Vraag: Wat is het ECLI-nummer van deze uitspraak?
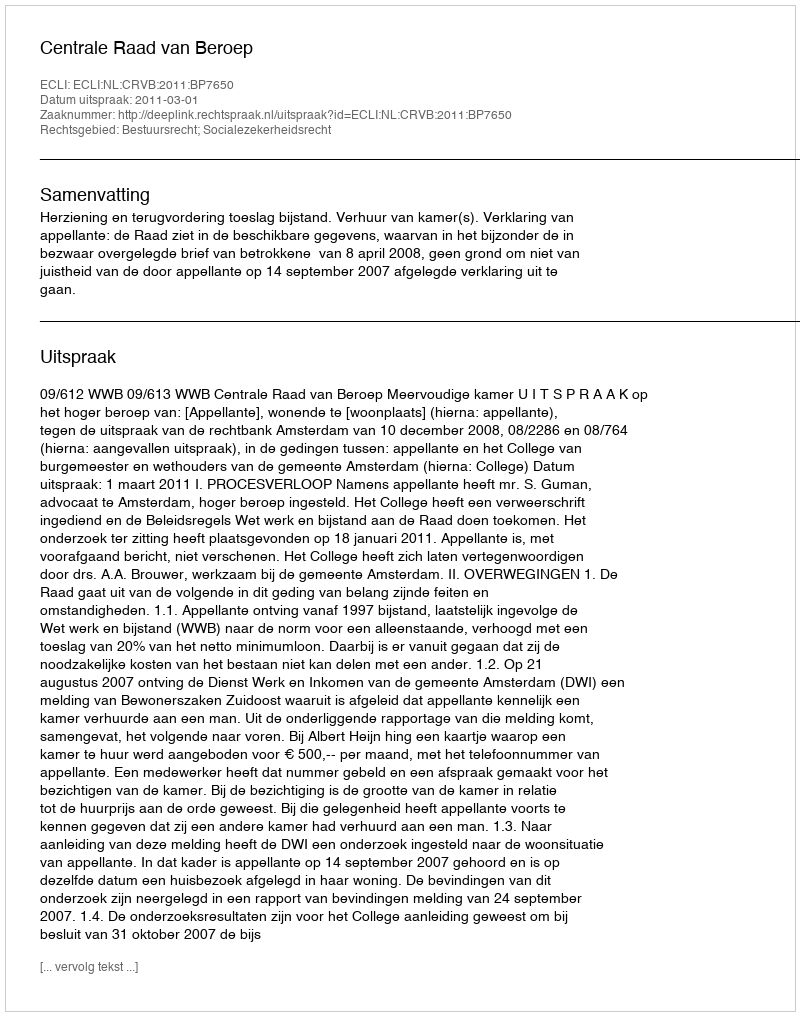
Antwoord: ECLI:NL:CRVB:2011:BP7650